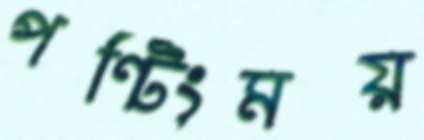
পন্টিংময়